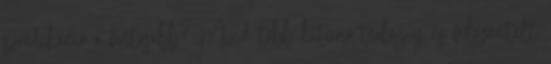
prédikáció a fontosabb? Mind több kitűnő teológus és felszentelt